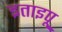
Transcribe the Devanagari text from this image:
इताइपू